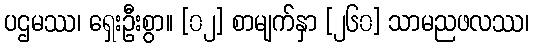
ပဌမဿ၊ ရှေးဦးစွာ။ [၀၂] စာမျက်နှာ [၂၆၀] သာမညဖလဿ၊